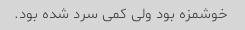
خوشمزه بود ولی کمی سرد شده بود.